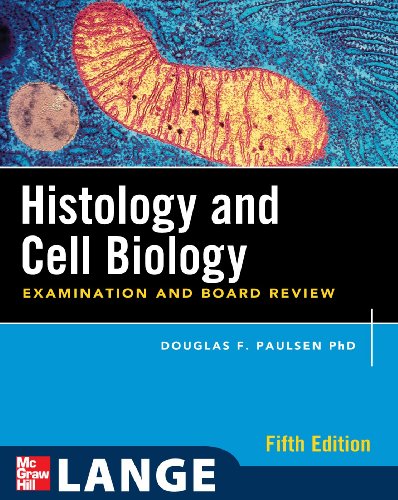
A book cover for Histology and Cell Biology: Examination and Board Review, Fifth Edition (LANGE Basic Science); Douglas Paulsen; Medical Books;